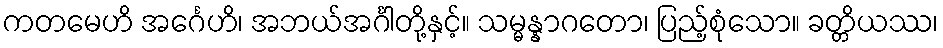
ကတမေဟိ အင်္ဂေဟိ၊ အဘယ်အင်္ဂါတို့နှင့်။ သမ္မန္နာဂတော၊ ပြည့်စုံသော။ ခတ္တိယဿ၊